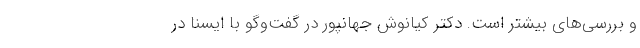
و بررسی‌های بیشتر است. دکتر کیانوش جهانپور در گفت‌وگو با ایسنا در